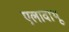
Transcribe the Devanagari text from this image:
एलावाथू